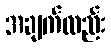
အချက်လည်း